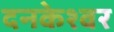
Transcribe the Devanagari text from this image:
दनकेश्वर